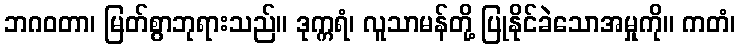
ဘဂဝတာ၊ မြတ်စွာဘုရားသည်။ ဒုက္ကရံ၊ လူသာမန်တို့ ပြုနိုင်ခဲသောအမှုကို။ ကတံ၊